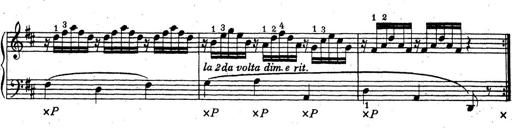
Title: ÄŒeskÃ© Sonatiny
Composer: Various